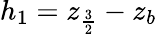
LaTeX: h_{1}=z_{\frac{3}{2}}-z_{b}